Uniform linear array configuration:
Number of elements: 64
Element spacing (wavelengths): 0.25
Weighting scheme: uniform
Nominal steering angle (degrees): -15
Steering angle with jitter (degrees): -16.514
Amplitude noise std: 0.05
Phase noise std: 0.05

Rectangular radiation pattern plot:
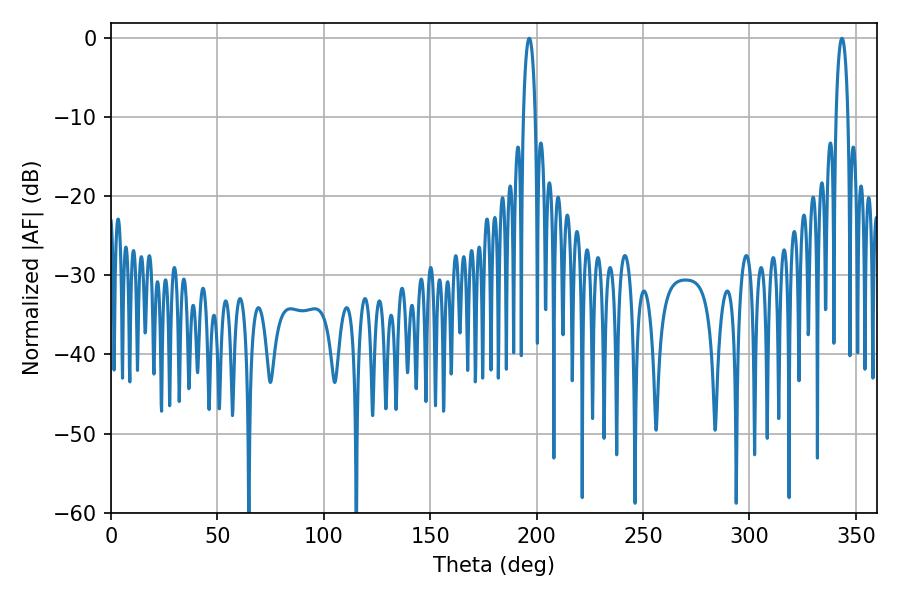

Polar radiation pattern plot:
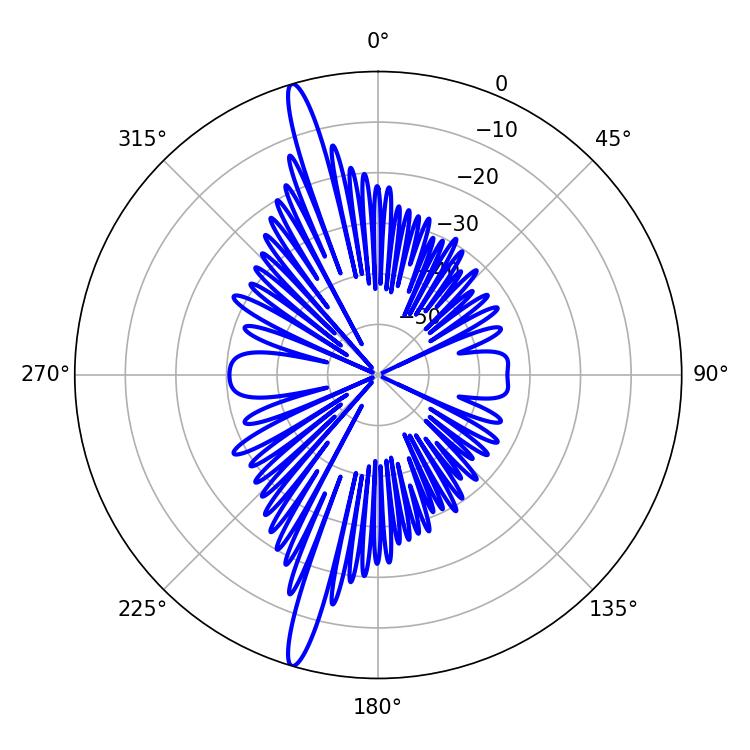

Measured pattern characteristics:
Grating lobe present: FALSE
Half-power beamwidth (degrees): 3.24
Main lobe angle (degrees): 196.56